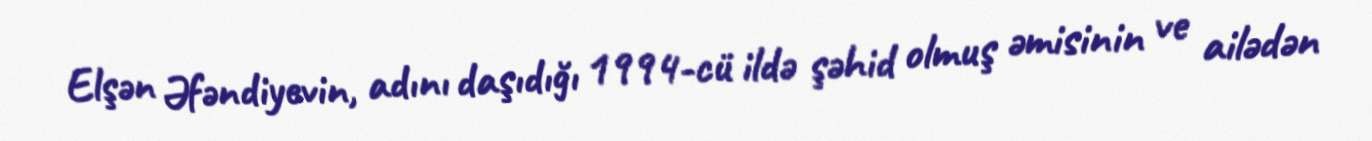
Elşən Əfəndiyevin, adını daşıdığı 1994-cü ildə şəhid olmuş əmisinin ve ailədən